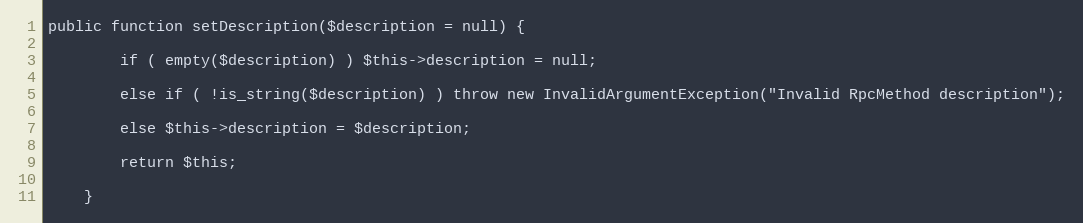
Language: PHP
public function setDescription($description = null) {

        if ( empty($description) ) $this->description = null;

        else if ( !is_string($description) ) throw new InvalidArgumentException("Invalid RpcMethod description");

        else $this->description = $description;

        return $this;

    }